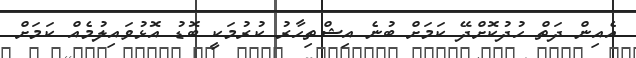
އެއިން ދަތް ހުދުކޮށްދޭ ކަމަށް ބުނެ އިޝްތިހާރު ކުރުމަކީ ބޮޑު އޮޅުވައިލުމެއް ކަމަށް